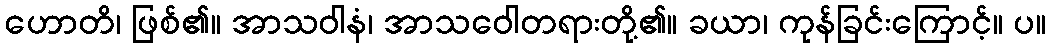
ဟောတိ၊ ဖြစ်၏။ အာသဝါနံ၊ အာသဝေါတရားတို့၏။ ခယာ၊ ကုန်ခြင်းကြောင့်။ ပ။